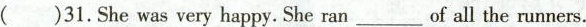
( )31.She was very happy. She ran___of all the runners.